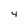
Character: 4